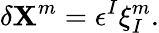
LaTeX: \delta\mathbf{X}^{m}=\epsilon^{I}\xi_{I}^{m}.